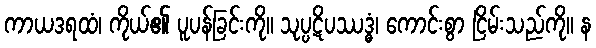
ကာယဒရထံ၊ ကိုယ်၏ ပူပန်ခြင်းကို။ သုပ္ပဋိပဿဒ္ဓံ၊ ကောင်းစွာ ငြိမ်းသည်ကို။ န